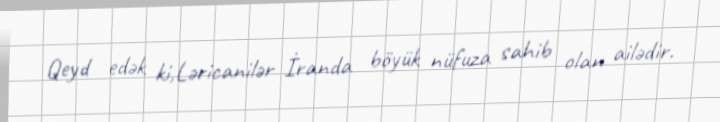
Qeyd edək ki,Ləricanilər İranda böyük nüfuza sahib olan ailədir.